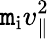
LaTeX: \mathtt{m}_{\mathrm{{i}}}v_{\parallel}^{2}